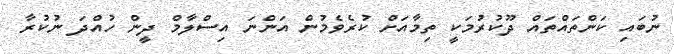
ނުބައި ކަންތައްތައް ދޫކުރުމަކީ ތިމާއަށް ކުރެވެމުން އަންނަ އިސްލާމް ދީން ހުއްދަ ނުކުރާ